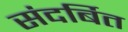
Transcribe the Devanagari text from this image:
संदर्बित